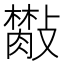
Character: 𣀙